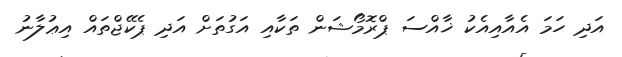
އަދި ހަމަ އެއާއިއެކު ޚާއްސަ ޕްރޮމޯޝަން ތަކާއި އަގުތަށް އަދި ޕެކޭޖްތައް އިޢުލާނު